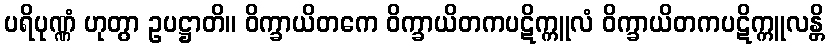
ပရိပုဏ္ဏံ ဟုတွာ ဥပဋ္ဌာတိ။ ဝိက္ခာယိတကေ ဝိက္ခာယိတကပဋိက္ကူလံ ဝိက္ခာယိတကပဋိက္ကူလန္တိ